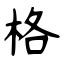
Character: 格